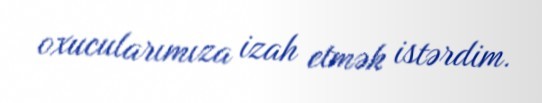
oxucularımıza izah etmək istərdim.